Sanitation, dispensaries and jails vaccination Rajputana 1922-1927 - 1922-1927
Year: 1922
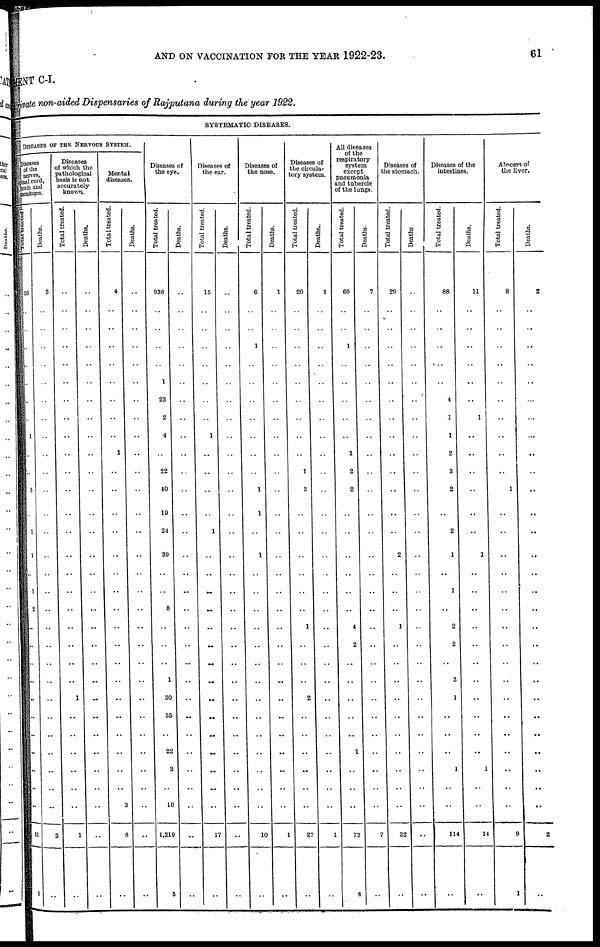
AND ON VACCINATION FOR THE YEAR 1922-23.
61
MENT C-I.
Private non-aided Dispensaries of Rajputana during the year 1922.
SYSTEMATIC DISEASES.
DISEASES OF THE NERVOUS SYSTEM.
Diseases
of the
nerves,
spinal cord,
brain and
meninges.
Total treated .
50
..
..
..
..
..
..
..
1
..
..
5
..
1
1
..
1
2
..
..
..
..
..
..
..
..
..
..
..
61
1
Deaths.
3
..
..
..
..
..
..
..
..
..
..
..
..
..
..
..
..
..
..
..
..
..
..
..
..
..
..
..
..
3
..
Diseases
of which the
pathological
basis is not
accurately
known.
Total treated.
..
..
..
..
..
..
..
..
..
..
..
..
..
..
..
..
..
..
..
..
..
..
1
..
..
..
..
..
..
1
..
Deaths.
..
..
..
..
..
..
..
..
..
..
..
..
..
..
..
..
..
..
..
..
..
..
..
..
..
..
..
..
..
..
..
Mental
diseases.
Total treated.
4
..
..
..
..
..
..
..
..
1
..
..
..
..
..
..
..
..
..
..
..
..
..
..
..
..
..
..
3
8
..
Deaths.
..
..
..
..
..
..
..
..
..
..
..
..
..
..
..
..
..
..
..
..
..
..
..
..
..
..
..
..
..
..
..
Diseases of
the eye.
Total treated.
936
..
..
..
..
1
23
2
4
..
22
40
19
24
39
..
..
8
..
..
..
1
30
35
..
22
3
..
10
1,219
5
Deaths.
..
..
..
..
..
..
..
..
..
..
..
..
..
..
..
..
..
..
..
..
..
..
..
..
..
..
..
..
..
..
..
Diseases of
the ear.
Total treated.
15
..
..
..
..
..
..
..
1
..
..
..
..
1
..
..
..
..
..
..
..
..
..
..
..
..
..
..
..
17
..
Deaths.
..
..
..
..
..
..
..
..
..
..
..
..
..
..
..
..
..
..
..
..
..
..
..
..
..
..
..
..
..
...
..
Diseases of
the nose.
Total treated.
6
..
..
1
..
..
..
..
..
..
..
1
1
..
1
..
..
..
..
..
..
..
..
..
..
..
..
..
..
10
..
Deaths.
1
..
..
..
..
..
..
..
..
..
..
..
..
..
..
..
..
..
..
..
..
..
..
..
..
..
..
..
..
1
..
Diseases of
the circula-
tory system.
Total treated.
20
..
..
..
..
..
..
..
..
..
1
3
..
..
..
..
..
..
1
..
..
..
2
..
..
..
..
..
..
27
..
Deaths.
1
..
..
..
..
..
..
..
..
..
..
..
..
..
..
..
..
..
..
..
..
..
..
..
..
..
..
..
..
1
..
All diseases
of the
respiratory
system
except
pneumonia
and tubercle
of the lungs.
Total treated.
60
..
..
1
..
..
..
..
..
1
2
2
..
..
..
..
..
..
4
2
..
..
..
..
..
1
..
..
..
73
6
Deaths
7
..
..
..
..
..
..
..
..
..
..
..
..
..
..
..
..
..
..
..
..
..
..
..
..
..
..
..
..
7
..
Diseases of
the stomach.
Total treated.
29
..
..
..
..
..
..
..
..
..
..
..
..
..
2
..
..
..
1
..
..
..
..
..
..
..
..
..
..
32
..
Deaths
..
..
..
..
..
..
..
..
..
..
..
..
..
..
..
..
..
..
..
..
..
..
..
..
..
..
..
..
..
..
..
Diseases of the
intestines.
Total treated.
88
..
..
..
..
..
4
1
1
2
3
2
..
2
1
..
1
..
2
2
..
3
1
..
..
..
1
..
..
114
..
Deaths.
11
..
..
..
..
..
..
1
..
..
..
..
..
..
1
..
..
..
..
..
..
..
..
..
..
..
1
..
..
14
..
Abscess of
the liver.
Total treated.
8
..
..
..
..
..
..
..
..
..
..
1
..
..
..
..
..
..
..
..
..
..
..
..
..
..
..
..
..
9
1
Deaths.
2
..
..
..
..
..
..
..
..
..
..
..
..
..
..
..
..
..
..
..
..
..
..
..
..
..
..
..
..
2
..